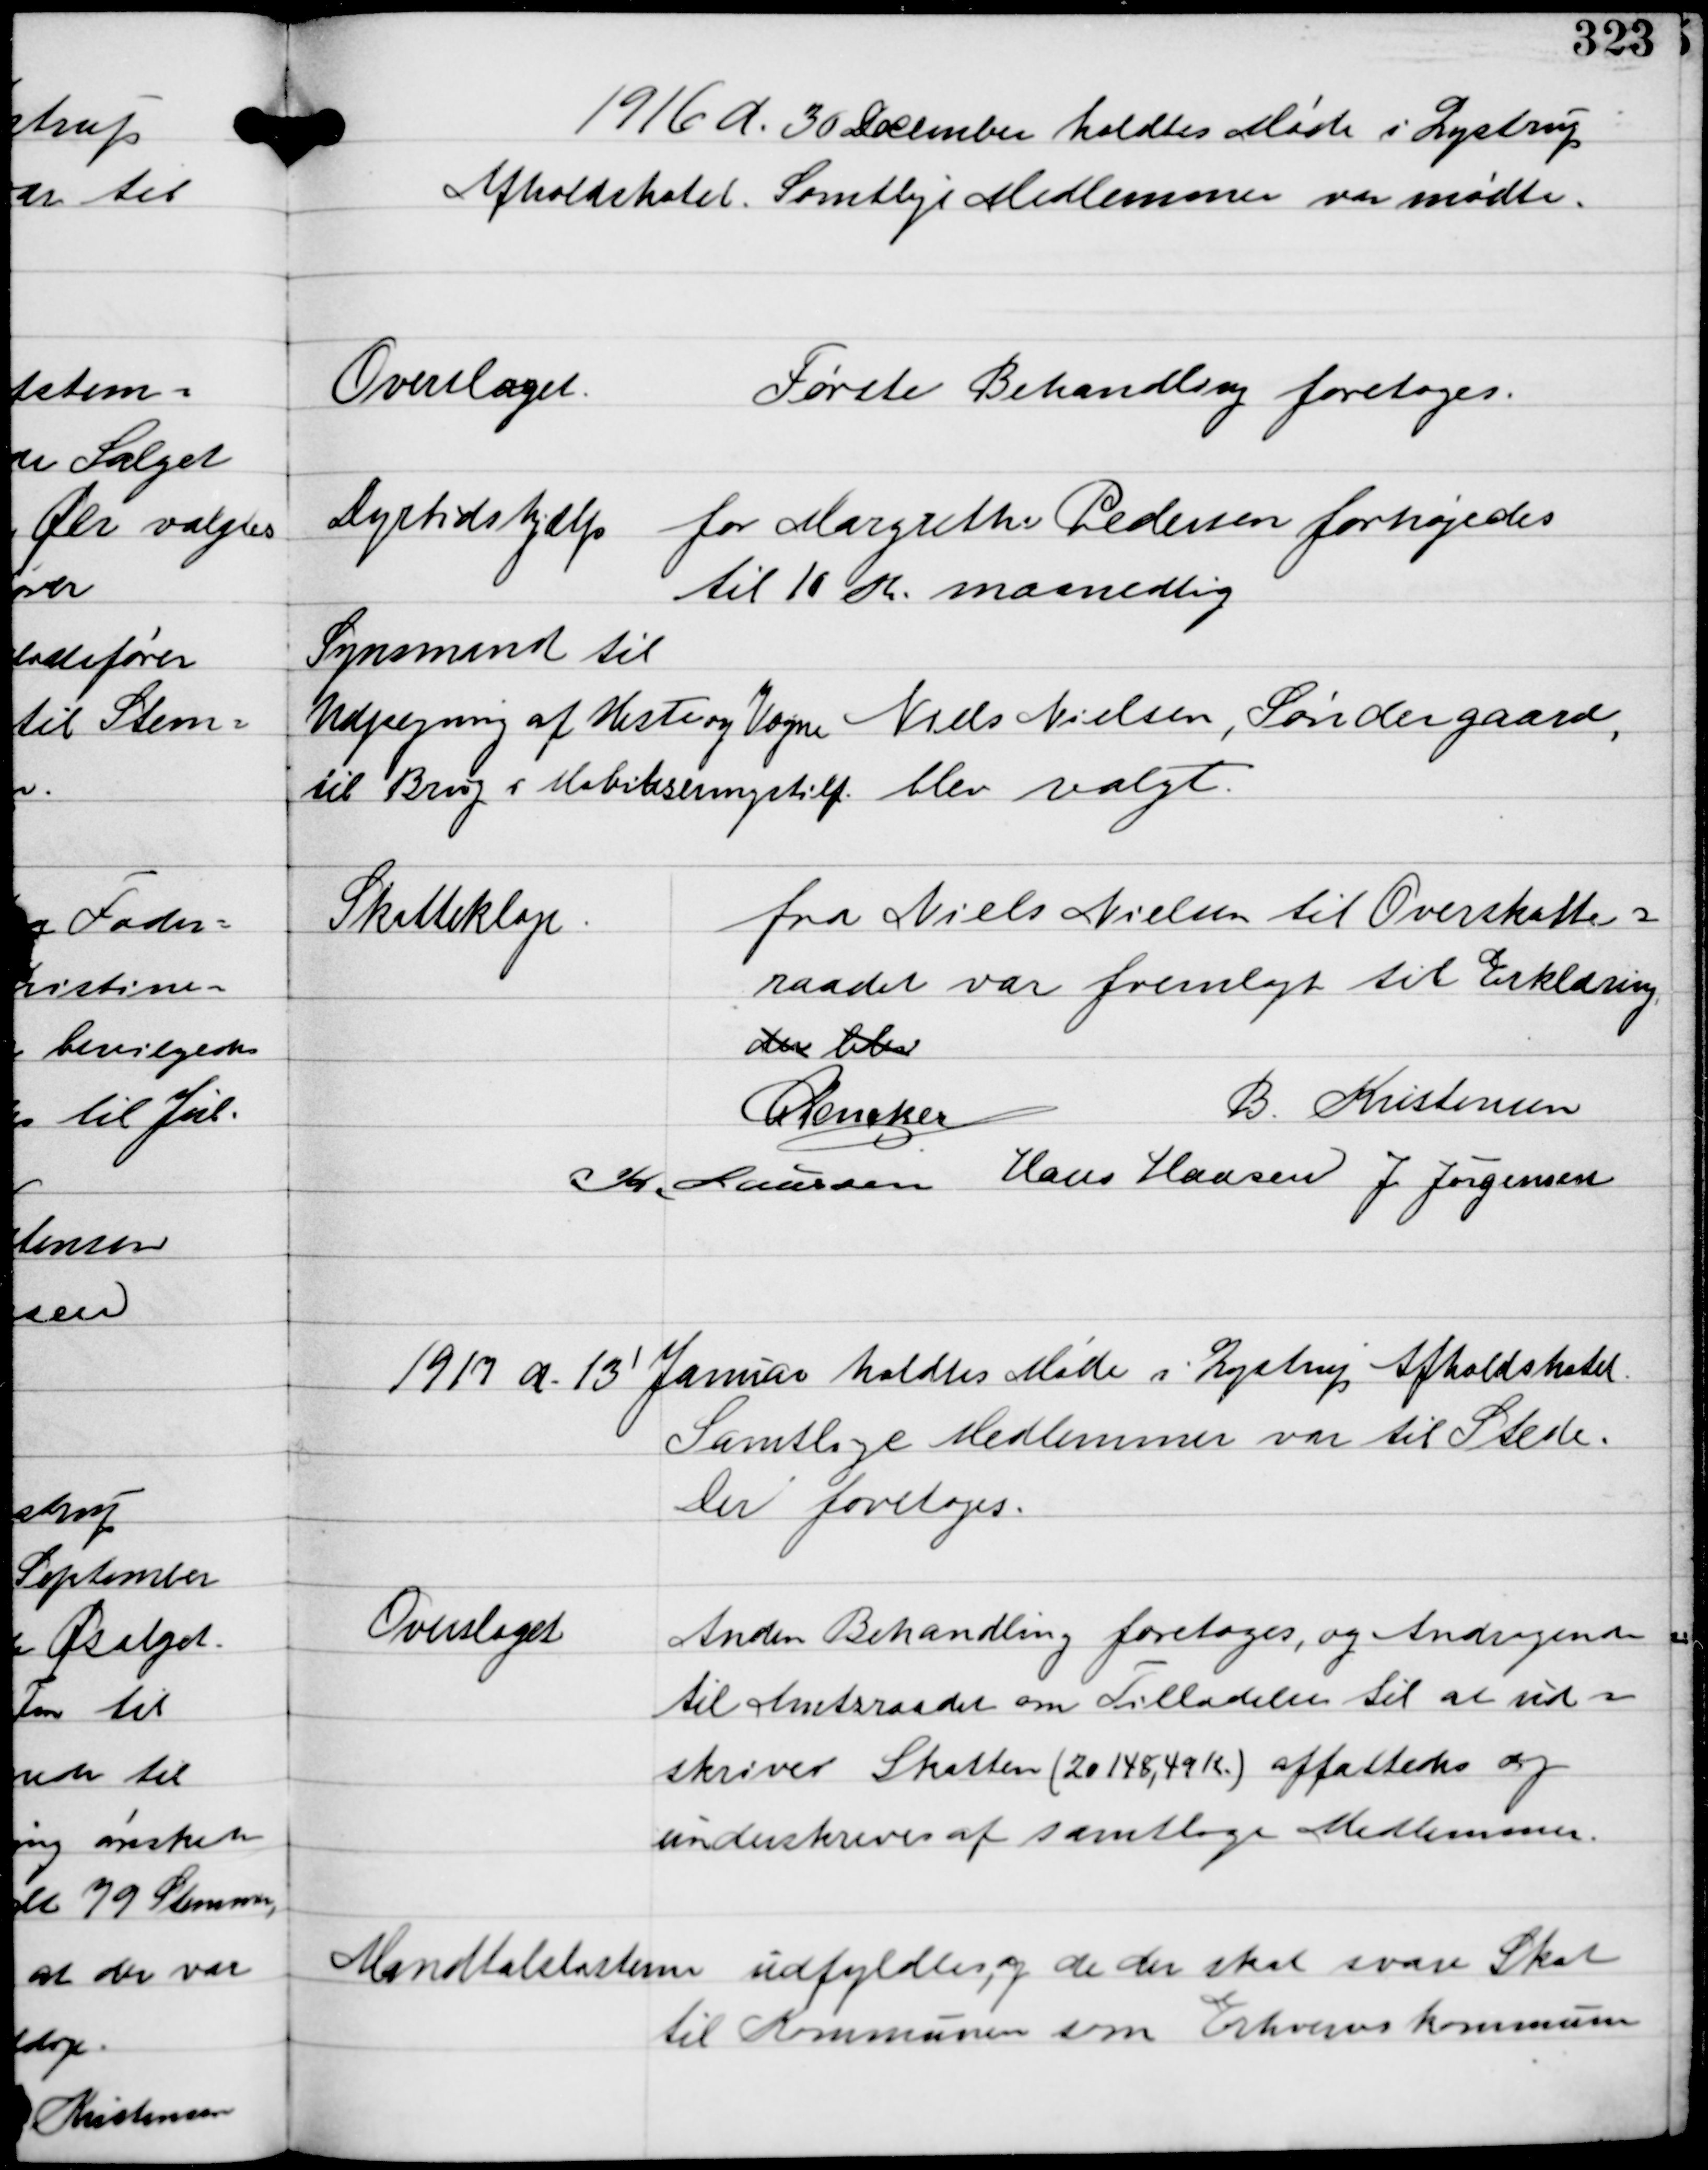
Transskription:
1916 d. 30 December holdtes Møde i Lystrup
Afholdshotel. Samtlige Medlemmer var mødte.

Overslaget

Første Behandling foretoges.

Dyrtidshjælp

for Margrethe Pedersen forhøjedes
til 10 Kr. maanedlig

Synsmand til
Udpegning af Heste og Vogne
til Brug i Mobiliseringstilf

Niels Nielsen, Søndergaard,
blev valgt.

Skatteklage

fra Niels Nielsen til Overskatte-
raadet var fremlagt til Erklæring.
den blev

C Dencker
B Kristensen
K Laursen Hans Hansen J Jørgensen

1917 d. 13' Januar holdtes Møde i Lystrup Afholdshotel
Samtlige Medlemmer var til Stede.
Der foretoges.

Overslaget

Anden Behandling foretoges, og Andragender
til Amtsraadet om Tilladelse til at ud-
skriver Skatten (20148,49 Kr.) affattedes og
underskrevedes af samtlige Medlemmer.

Mandtalslisterne udfyldtes, og de der skal svare Skat
til Kommunen som Erhvervskommune